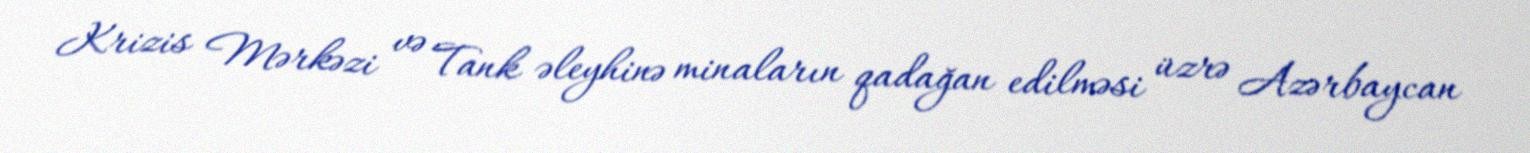
Krizis Mərkəzi və Tank əleyhinə minaların qadağan edilməsi üzrə Azərbaycan